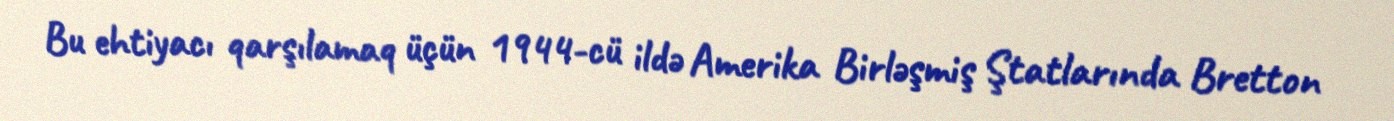
Bu ehtiyacı qarşılamaq üçün 1944-cü ildə Amerika Birləşmiş Ştatlarında Bretton